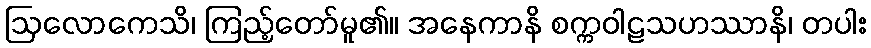
ဩလောကေသိ၊ ကြည့်တော်မူ၏။ အနေကာနိ စက္ကဝါဠသဟဿာနိ၊ တပါး